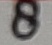
Text: 8